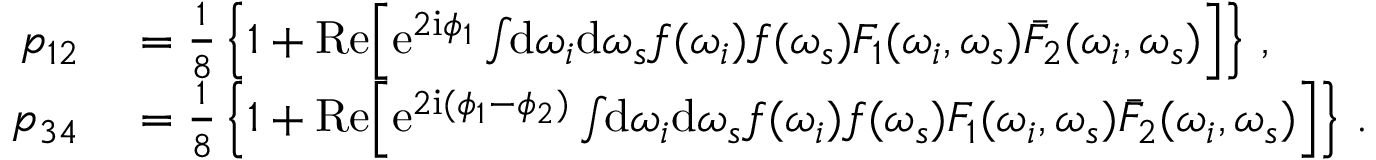
\begin{array} { r l } { p _ { 1 2 } } & { { } = \frac { 1 } { 8 } \left\{ 1 + \mathrm { R e } \Big [ \mathrm { e } ^ { 2 \mathrm { i } \phi _ { 1 } } \int \! \! \mathrm { d } \omega _ { i } \mathrm { d } \omega _ { s } f ( \omega _ { i } ) f ( \omega _ { s } ) F _ { 1 } ( \omega _ { i } , \omega _ { s } ) \bar { F } _ { 2 } ( \omega _ { i } , \omega _ { s } ) \Big ] \right\} \, , } \\ { p _ { 3 4 } } & { { } = \frac { 1 } { 8 } \left\{ 1 + \mathrm { R e } \Big [ \mathrm { e } ^ { 2 \mathrm { i } ( \phi _ { 1 } - \phi _ { 2 } ) } \int \! \! \mathrm { d } \omega _ { i } \mathrm { d } \omega _ { s } f ( \omega _ { i } ) f ( \omega _ { s } ) F _ { 1 } ( \omega _ { i } , \omega _ { s } ) \bar { F } _ { 2 } ( \omega _ { i } , \omega _ { s } ) \Big ] \right\} \, . } \end{array}